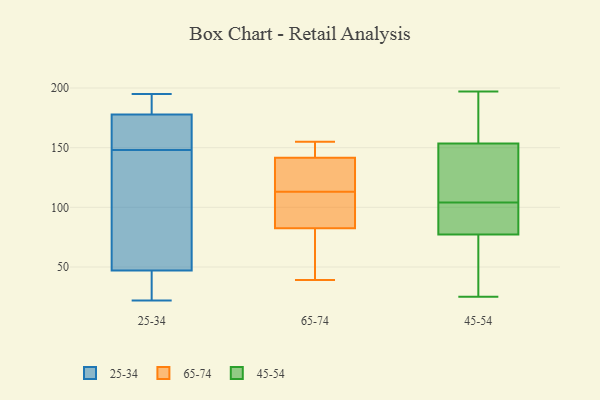
{"axis": {"x": "Shipments", "y": "Value"}, "legend": ["25-34", "45-54", "65-74"], "data": [{"x": "", "y": 182, "type": "25-34"}, {"x": "", "y": 148, "type": "25-34"}, {"x": "", "y": 177, "type": "25-34"}, {"x": "", "y": 131, "type": "25-34"}, {"x": "", "y": 40, "type": "25-34"}, {"x": "", "y": 178, "type": "25-34"}, {"x": "", "y": 22, "type": "25-34"}, {"x": "", "y": 44, "type": "25-34"}, {"x": "", "y": 96, "type": "25-34"}, {"x": "", "y": 56, "type": "25-34"}, {"x": "", "y": 153, "type": "25-34"}, {"x": "", "y": 43, "type": "25-34"}, {"x": "", "y": 195, "type": "25-34"}, {"x": "", "y": 174, "type": "25-34"}, {"x": "", "y": 179, "type": "25-34"}, {"x": "", "y": 39, "type": "65-74"}, {"x": "", "y": 139, "type": "65-74"}, {"x": "", "y": 102, "type": "65-74"}, {"x": "", "y": 75, "type": "65-74"}, {"x": "", "y": 113, "type": "65-74"}, {"x": "", "y": 81, "type": "65-74"}, {"x": "", "y": 97, "type": "65-74"}, {"x": "", "y": 119, "type": "65-74"}, {"x": "", "y": 149, "type": "65-74"}, {"x": "", "y": 83, "type": "65-74"}, {"x": "", "y": 154, "type": "65-74"}, {"x": "", "y": 127, "type": "65-74"}, {"x": "", "y": 155, "type": "65-74"}, {"x": "", "y": 117, "type": "45-54"}, {"x": "", "y": 88, "type": "45-54"}, {"x": "", "y": 25, "type": "45-54"}, {"x": "", "y": 29, "type": "45-54"}, {"x": "", "y": 50, "type": "45-54"}, {"x": "", "y": 197, "type": "45-54"}, {"x": "", "y": 104, "type": "45-54"}, {"x": "", "y": 157, "type": "45-54"}, {"x": "", "y": 46, "type": "45-54"}, {"x": "", "y": 75, "type": "45-54"}, {"x": "", "y": 149, "type": "45-54"}, {"x": "", "y": 84, "type": "45-54"}, {"x": "", "y": 119, "type": "45-54"}, {"x": "", "y": 96, "type": "45-54"}, {"x": "", "y": 155, "type": "45-54"}, {"x": "", "y": 123, "type": "45-54"}, {"x": "", "y": 101, "type": "45-54"}, {"x": "", "y": 189, "type": "45-54"}, {"x": "", "y": 196, "type": "45-54"}]}